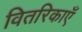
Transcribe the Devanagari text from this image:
वितरिकाएँ